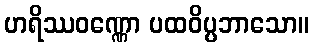
ဟရိဿဝဏ္ဏော ပထဝိပ္ပဘာသော။